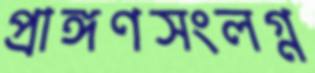
প্রাঙ্গণসংলগ্ন